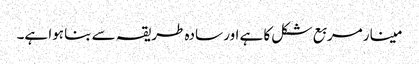
مینار مربع شکل کا ہے اور سادہ طریقہ سے بنا ہوا ہے۔